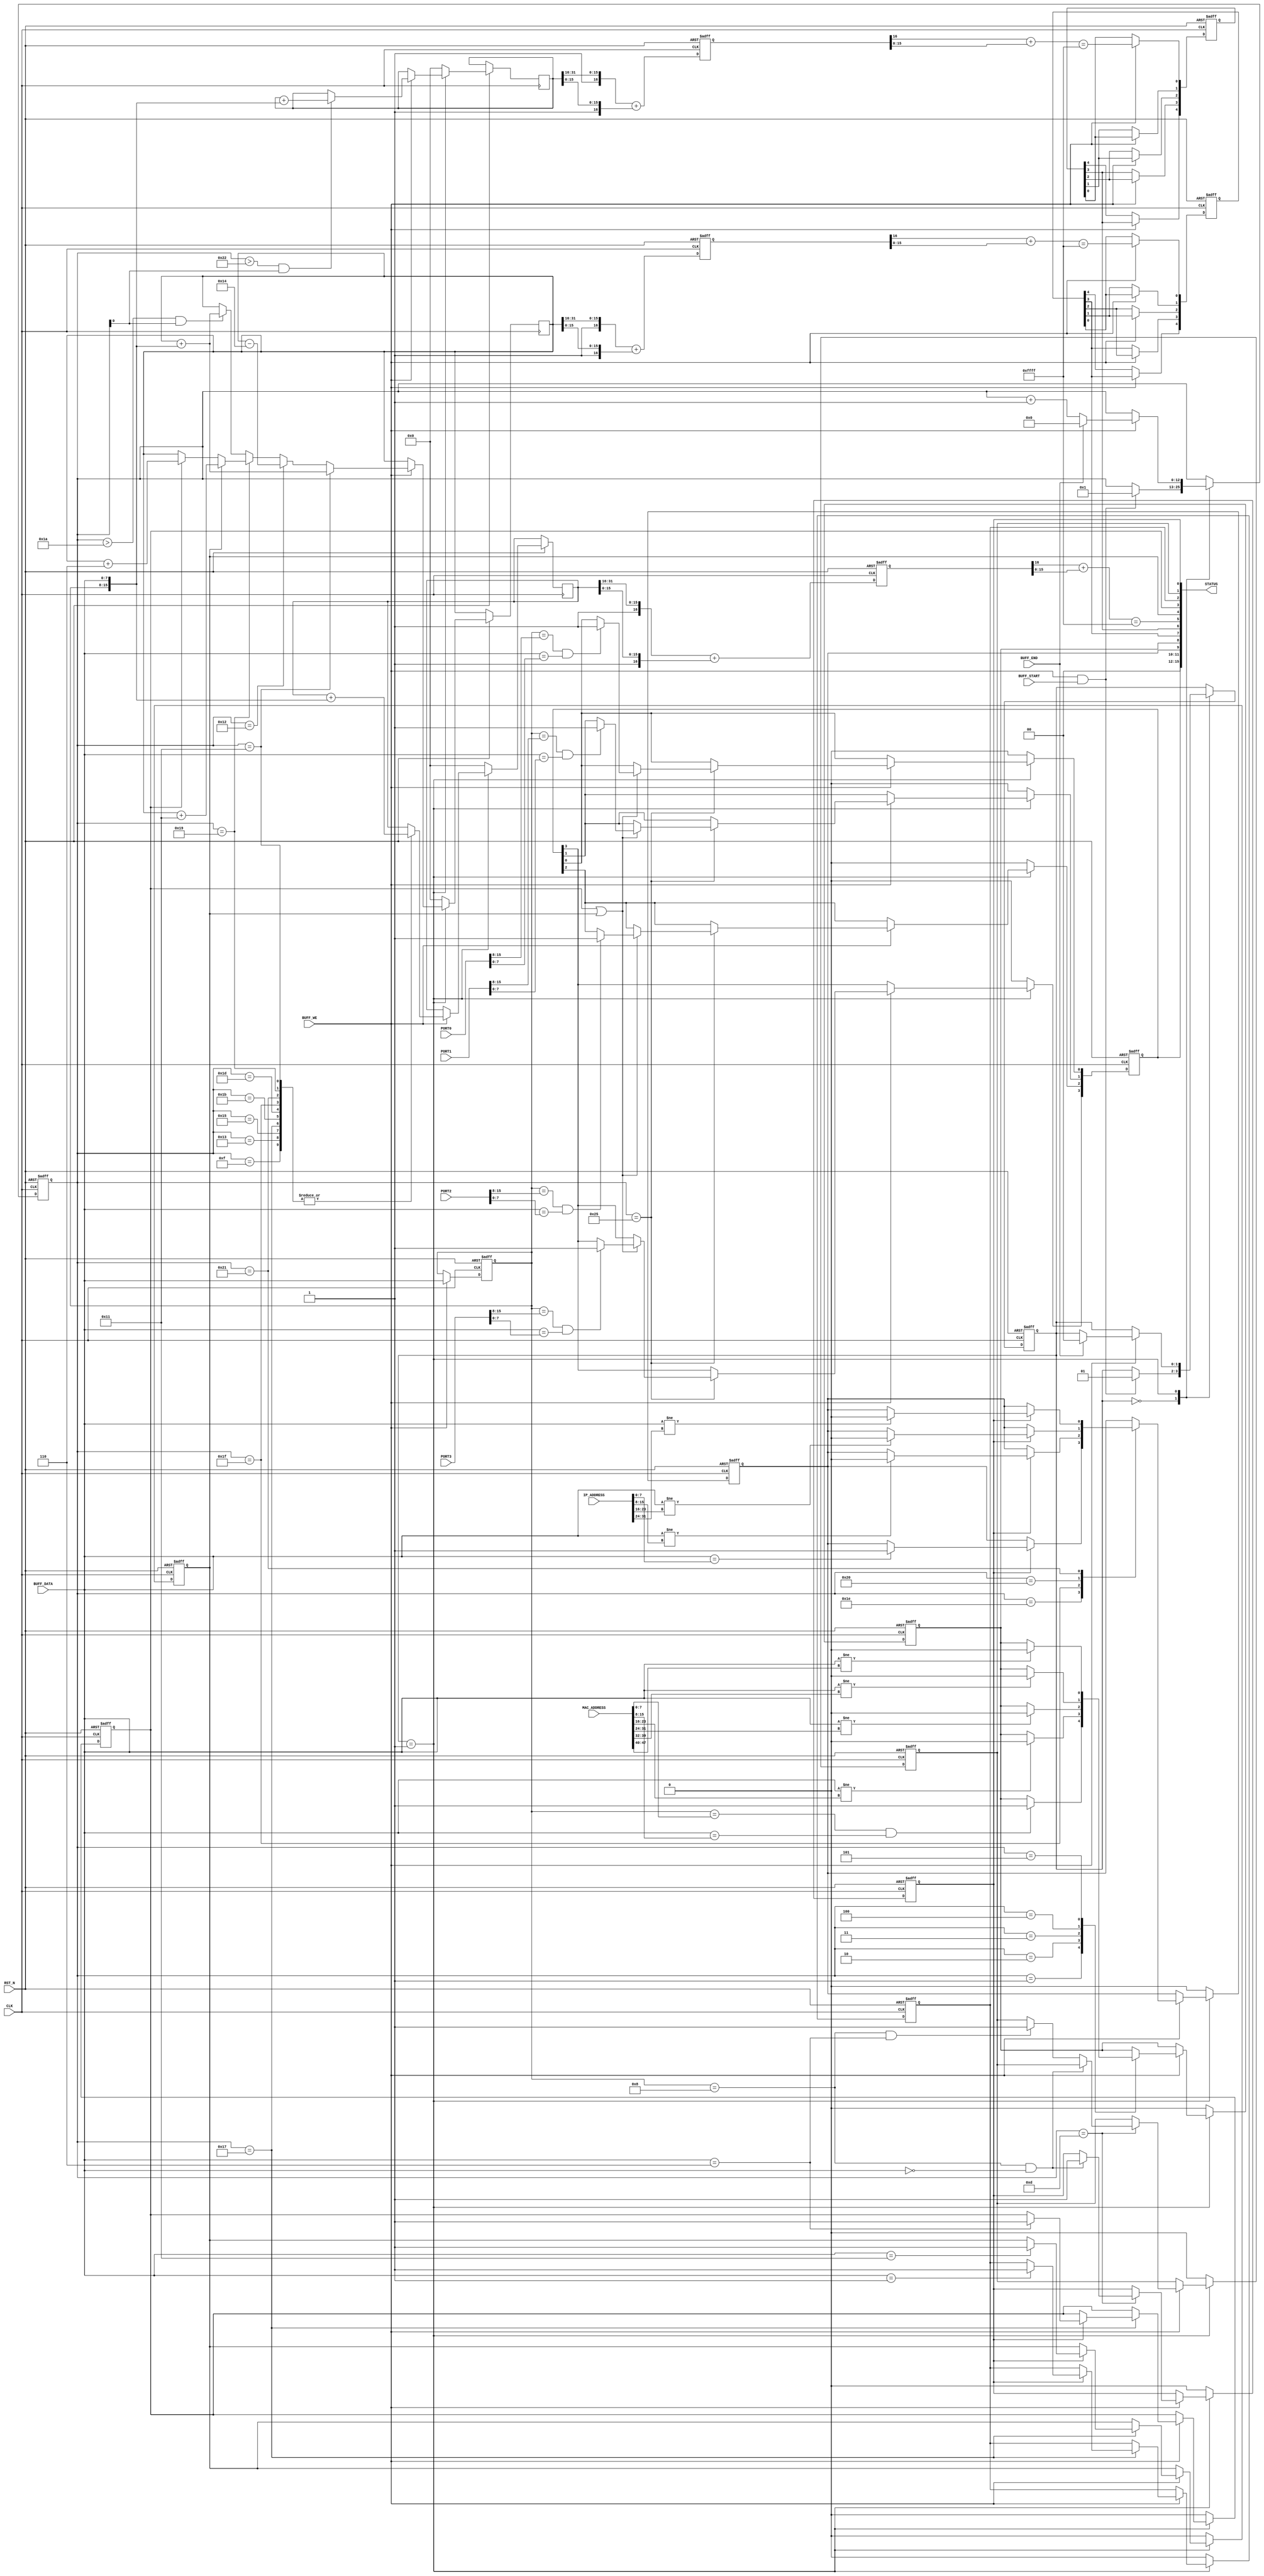
/*
* PROJECT: AQUAXIS Giga Ethernet MAC
* ----------------------------------------------------------------------
*
* IP/TCP/UDP/ARP/ICMP Offload Engine
* Copyright (C) 2007-2013 H.Ishihara, http://www.aquaxis.com/
*
* Permission is hereby granted, free of charge, to any person obtaining
* a copy of this software and associated documentation files (the
* "Software"), to deal in the Software without restriction, including
* without limitation the rights to use, copy, modify, merge, publish,
* distribute, sublicense, and/or sell copies of the Software, and to
* permit persons to whom the Software is furnished to do so, subject to
* the following conditions:
*
* The above copyright notice and this permission notice shall be
* included in all copies or substantial portions of the Software.
*
* THE SOFTWARE IS PROVIDED "AS IS", WITHOUT WARRANTY OF ANY KIND,
* EXPRESS OR IMPLIED, INCLUDING BUT NOT LIMITED TO THE WARRANTIES OF
* MERCHANTABILITY, FITNESS FOR A PARTICULAR PURPOSE AND
* NONINFRINGEMENT. IN NO EVENT SHALL THE AUTHORS OR COPYRIGHT HOLDERS BE
* LIABLE FOR ANY CLAIM, DAMAGES OR OTHER LIABILITY, WHETHER IN AN ACTION
* OF CONTRACT, TORT OR OTHERWISE, ARISING FROM, OUT OF OR IN CONNECTION
* WITH THE SOFTWARE OR THE USE OR OTHER DEALINGS IN THE SOFTWARE.
*
* For further information please contact.
*   http://www.aquaxis.com/
*   info(at)aquaxis.com or hidemi(at)sweetcafe.jp
*
* 2007/01/06 H.Ishihara	Create
* 2012/05/29 H.Ishihara	change license, GPLv3 -> MIT
*						STATUS - change bit width 16bit -> 32bit
* 2013/02/18 H.Ishihara	STATUS - change bit width 32bit -> 16bit
*
* Status
*  [15]		Port3
*  [14]		Port2
*  [13]		Port1
*  [12]		Port0
*  [11]		Reserved
*  [10]		Reserved
*  [9]		MyIPAddress
*  [8]		MyMacAddress
*  [7]		TCPCheckSumOk
*  [6]		ICMPCheckSumOk
*  [5]		IPCheckSumOk
*  [4]		UDP
*  [3]		TCP
*  [2]		ICMP
*  [1]		ARP
*  [0]		IPv4
*
*/
module aq_gemac_rx_decode(
	input			RST_N,
	input			CLK,

	input			BUFF_WE,
	input			BUFF_START,
	input			BUFF_END,
	input [7:0]		BUFF_DATA,

	input [47:0]	MAC_ADDRESS,
	input [31:0]	IP_ADDRESS,
	input [15:0]	PORT0,
	input [15:0]	PORT1,
	input [15:0]	PORT2,
	input [15:0]	PORT3,

	output [15:0]	STATUS
);

	reg [1:0]	State;
	parameter S_IDLE	= 2'd0;
	parameter S_DATA	= 2'd1;

	reg [12:0]	Length;

	reg [7:0]	BuffDelay;
	reg			TypeIPv4, TypeARP, TypeIPv6, TypeICMP, TypeTCP, TypeUDP, MyMac, MyIP;
	reg [3:0]	Port;

	reg	[31:0]	IPCheckSum, TCPCheckSum, ICMPCheckSum;

	reg [16:0]	IPCheckSumTemp, TCPCheckSumTemp, ICMPCheckSumTemp;
	wire [15:0]	IPCheckSumLast, TCPCheckSumLast, ICMPCheckSumLast;

	wire		IPCheckSumOK, TCPCheckSumOK, ICMPCheckSumOK;

	// Length Count
	always @(posedge CLK or negedge RST_N) begin
		if(!RST_N) begin
			State			<= S_IDLE;
			Length[12:0]	<= 13'd0;
		end else begin
			case(State)
				S_IDLE: begin
					if(BUFF_WE && BUFF_START)	begin
						State			<= S_DATA;
						Length[12:0]	<= 13'd1;
					end
				end
				S_DATA: begin
					if(BUFF_WE) begin
						if(BUFF_END) begin
							State			<= S_IDLE;
							Length[12:0]	<= 13'd0;
						end else begin
							Length[12:0]	<= Length[12:0] +13'd1;
						end
					end
				end
			endcase
		end
	end

	// Check Frame Type
	always @(posedge CLK or negedge RST_N) begin
		if(!RST_N) begin
			BuffDelay[7:0]	<= 8'd0;
			TypeIPv4		<= 1'b0;
			TypeARP			<= 1'b0;
			TypeIPv6		<= 1'b0;
			TypeICMP		<= 1'b0;
			TypeTCP			<= 1'b0;
			TypeUDP			<= 1'b0;
			MyMac			<= 1'b0;
			MyIP			<= 1'b0;
			Port[3:0]		<= 4'd0;
		end else begin
			if(BUFF_WE) BuffDelay[7:0] <= BUFF_DATA[7:0];

			// Check Type
			if(State == S_DATA) begin
				if(BUFF_WE) begin
					case(Length[12:0])
						// MAC Address
						13'd1: begin
							if((BuffDelay[7:0] == MAC_ADDRESS[7:0]) && (BUFF_DATA[7:0] == MAC_ADDRESS[15:8]))	MyMac <= 1'b1;
						end
						13'd2: begin
							if(BUFF_DATA[7:0] != MAC_ADDRESS[23:16])	MyMac <= 1'b0;
						end
						13'd3: begin
							if(BUFF_DATA[7:0] != MAC_ADDRESS[31:24])	MyMac <= 1'b0;
						end
						13'd4: begin
							if(BUFF_DATA[7:0] != MAC_ADDRESS[39:32])	MyMac <= 1'b0;
						end
						13'd5: begin
							if(BUFF_DATA[7:0] != MAC_ADDRESS[47:40])	MyMac <= 1'b0;
						end
						// Packet Type
						13'd13: begin
							if((BuffDelay[7:0] == 8'h08) && (BUFF_DATA[7:0] == 8'h00))		TypeIPv4 <= 1'b1;
							else if((BuffDelay[7:0] == 8'h08) && (BUFF_DATA[7:0] == 8'h06))	TypeARP  <= 1'b1;
							else if((BuffDelay[7:0] == 8'h86) && (BUFF_DATA[7:0] == 8'hDD))	TypeIPv6 <= 1'b1;
						end
						// Payload Type
						13'd23: begin
							if(TypeIPv4) begin
								if(BUFF_DATA[7:0] == 8'h01)	TypeICMP <= 1'b1;
								if(BUFF_DATA[7:0] == 8'h06)	TypeTCP  <= 1'b1;
								if(BUFF_DATA[7:0] == 8'h11)	TypeUDP  <= 1'b1;
							end
						end
						// IP Address
						13'd30: begin
							if(TypeIPv4) begin
								if(BUFF_DATA[7:0] == IP_ADDRESS[7:0])	MyIP <= 1'b1;
							end
						end
						13'd31: begin
							if(TypeIPv4) begin
								if(BUFF_DATA[7:0] != IP_ADDRESS[15:8])	MyIP <= 1'b0;
							end
						end
						13'd32: begin
							if(TypeIPv4) begin
								if(BUFF_DATA[7:0] != IP_ADDRESS[23:16])	MyIP <= 1'b0;
							end
						end
						13'd33: begin
							if(TypeIPv4) begin
								if(BUFF_DATA[7:0] != IP_ADDRESS[31:24])	MyIP <= 1'b0;
							end
						end
						// PORT
						13'd37: begin
							if(TypeTCP | TypeUDP) begin
								if((BuffDelay[7:0] == PORT0[15:8]) && (BUFF_DATA[7:0] == PORT0[7:0]))	Port[0] <= 1'b1;
								if((BuffDelay[7:0] == PORT1[15:8]) && (BUFF_DATA[7:0] == PORT1[7:0]))	Port[1] <= 1'b1;
								if((BuffDelay[7:0] == PORT2[15:8]) && (BUFF_DATA[7:0] == PORT2[7:0]))	Port[2] <= 1'b1;
								if((BuffDelay[7:0] == PORT3[15:8]) && (BUFF_DATA[7:0] == PORT3[7:0]))	Port[3] <= 1'b1;
							end
						end
					endcase
				end
			end else begin
				MyMac		<= 1'b0;
				MyIP		<= 1'b0;
				TypeIPv4	<= 1'b0;
				TypeARP		<= 1'b0;
				TypeIPv6	<= 1'b0;
				TypeICMP	<= 1'b0;
				TypeTCP		<= 1'b0;
				TypeUDP		<= 1'b0;
				Port[3:0]	<= 4'd0;
			end

			// IP CheckSum
			if(State == S_DATA) begin
				if(BUFF_WE) begin
					case(Length[12:0])
						13'd15: IPCheckSum[31:0]	<= IPCheckSum[31:0] + {16'd0, BuffDelay[7:0], BUFF_DATA[7:0]};
						13'd17: IPCheckSum[31:0]	<= IPCheckSum[31:0] + {16'd0, BuffDelay[7:0], BUFF_DATA[7:0]};
						13'd19: IPCheckSum[31:0]	<= IPCheckSum[31:0] + {16'd0, BuffDelay[7:0], BUFF_DATA[7:0]};
						13'd21: IPCheckSum[31:0]	<= IPCheckSum[31:0] + {16'd0, BuffDelay[7:0], BUFF_DATA[7:0]};
						13'd23: IPCheckSum[31:0]	<= IPCheckSum[31:0] + {16'd0, BuffDelay[7:0], BUFF_DATA[7:0]};
						13'd25: IPCheckSum[31:0]	<= IPCheckSum[31:0] + {16'd0, BuffDelay[7:0], BUFF_DATA[7:0]};
						13'd27: IPCheckSum[31:0]	<= IPCheckSum[31:0] + {16'd0, BuffDelay[7:0], BUFF_DATA[7:0]};
						13'd29: IPCheckSum[31:0]	<= IPCheckSum[31:0] + {16'd0, BuffDelay[7:0], BUFF_DATA[7:0]};
						13'd31: IPCheckSum[31:0]	<= IPCheckSum[31:0] + {16'd0, BuffDelay[7:0], BUFF_DATA[7:0]};
						13'd33: IPCheckSum[31:0]	<= IPCheckSum[31:0] + {16'd0, BuffDelay[7:0], BUFF_DATA[7:0]};
					endcase
				end
			end else begin
				IPCheckSum[31:0]	<= 32'd0;
			end

			// ICMP CheckSum
			if(State == S_DATA) begin
				if(BUFF_WE) begin
					if((Length[12:0] > 13'd34) && (Length[0] == 1'b1)) begin
						ICMPCheckSum[31:0]	<= ICMPCheckSum[31:0] + {16'd0, BuffDelay[7:0], BUFF_DATA[7:0]};
					end
				end
			end else begin
				ICMPCheckSum[31:0]	<= 32'd0;
			end

			// TCP/UDP CheckSum
			if(State == S_DATA) begin
				if(BUFF_WE) begin
					if(Length[12:0] == 13'd17) begin
						TCPCheckSum[31:0]	<= TCPCheckSum[31:0] + {16'd0, BuffDelay[7:0], BUFF_DATA[7:0]};
					end else if(Length[12:0] == 13'd18) begin
						TCPCheckSum[31:0]	<= TCPCheckSum[31:0] - 32'd20;
					end else if(Length[12:0] == 13'd25) begin
						if(TypeTCP) TCPCheckSum[31:0]	<= TCPCheckSum[31:0] + 32'h00000006;
						if(TypeUDP)	TCPCheckSum[31:0]	<= TCPCheckSum[31:0] + 32'h00000011;
					end else if((Length[12:0] > 13'd26) && (Length[0] == 1'b1)) begin
						TCPCheckSum[31:0]	<= TCPCheckSum[31:0] + {16'd0, BuffDelay[7:0], BUFF_DATA[7:0]};
					end
				end
			end else begin
				TCPCheckSum[31:0]	<= 32'd0;
			end
		end
	end

	assign IPCheckSumLast[15:0]		= {15'd0, IPCheckSumTemp[16]  } + IPCheckSumTemp[15:0];
	assign ICMPCheckSumLast[15:0]	= {15'd0, ICMPCheckSumTemp[16]} + ICMPCheckSumTemp[15:0];
	assign TCPCheckSumLast[15:0]	= {15'd0, TCPCheckSumTemp[16] } + TCPCheckSumTemp[15:0];

	assign IPCheckSumOK		= (IPCheckSumLast[15:0]		== 16'hFFFF);
	assign ICMPCheckSumOK	= (ICMPCheckSumLast[15:0]	== 16'hFFFF);
	assign TCPCheckSumOK	= (TCPCheckSumLast[15:0]	== 16'hFFFF);

	reg [4:0] ICMPCheckSumOKReg;
	reg [4:0] TCPCheckSumOKReg;
	always @(posedge CLK or negedge RST_N) begin
		if(!RST_N) begin
			ICMPCheckSumOKReg[4:0]	<= 5'd0;
			TCPCheckSumOKReg[4:0]	<= 5'd0;
			IPCheckSumTemp[16:0]	<= 17'd0;
			ICMPCheckSumTemp[16:0]	<= 17'd0;
			TCPCheckSumTemp[16:0]	<= 17'd0;
		end else begin
			IPCheckSumTemp[16:0]	<= {1'b1, IPCheckSum[31:16]  } + {1'b1, IPCheckSum[15:0]  };
			ICMPCheckSumTemp[16:0]	<= {1'b1, ICMPCheckSum[31:16]} + {1'b1, ICMPCheckSum[15:0]};
			TCPCheckSumTemp[16:0]	<= {1'b1, TCPCheckSum[31:16] } + {1'b1, TCPCheckSum[15:0] };

			if(BUFF_WE) begin
				ICMPCheckSumOKReg[0]	<= ICMPCheckSumOK;
				ICMPCheckSumOKReg[1]	<= ICMPCheckSumOKReg[0];
				ICMPCheckSumOKReg[2]	<= ICMPCheckSumOKReg[1];
				ICMPCheckSumOKReg[3]	<= ICMPCheckSumOKReg[2];
				ICMPCheckSumOKReg[4]	<= ICMPCheckSumOKReg[3];
				TCPCheckSumOKReg[0]		<= TCPCheckSumOK;
				TCPCheckSumOKReg[1]		<= TCPCheckSumOKReg[0];
				TCPCheckSumOKReg[2]		<= TCPCheckSumOKReg[1];
				TCPCheckSumOKReg[3]		<= TCPCheckSumOKReg[2];
				TCPCheckSumOKReg[4]		<= TCPCheckSumOKReg[3];
			end
		end
	end

	assign STATUS[15:0] =	{
							Port[3:0], 2'd0, MyIP, MyMac,
							TCPCheckSumOKReg[3], ICMPCheckSumOKReg[3], IPCheckSumOK, TypeUDP, TypeTCP, TypeICMP, TypeARP, TypeIPv4
							};
endmodule